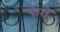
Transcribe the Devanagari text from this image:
फेते